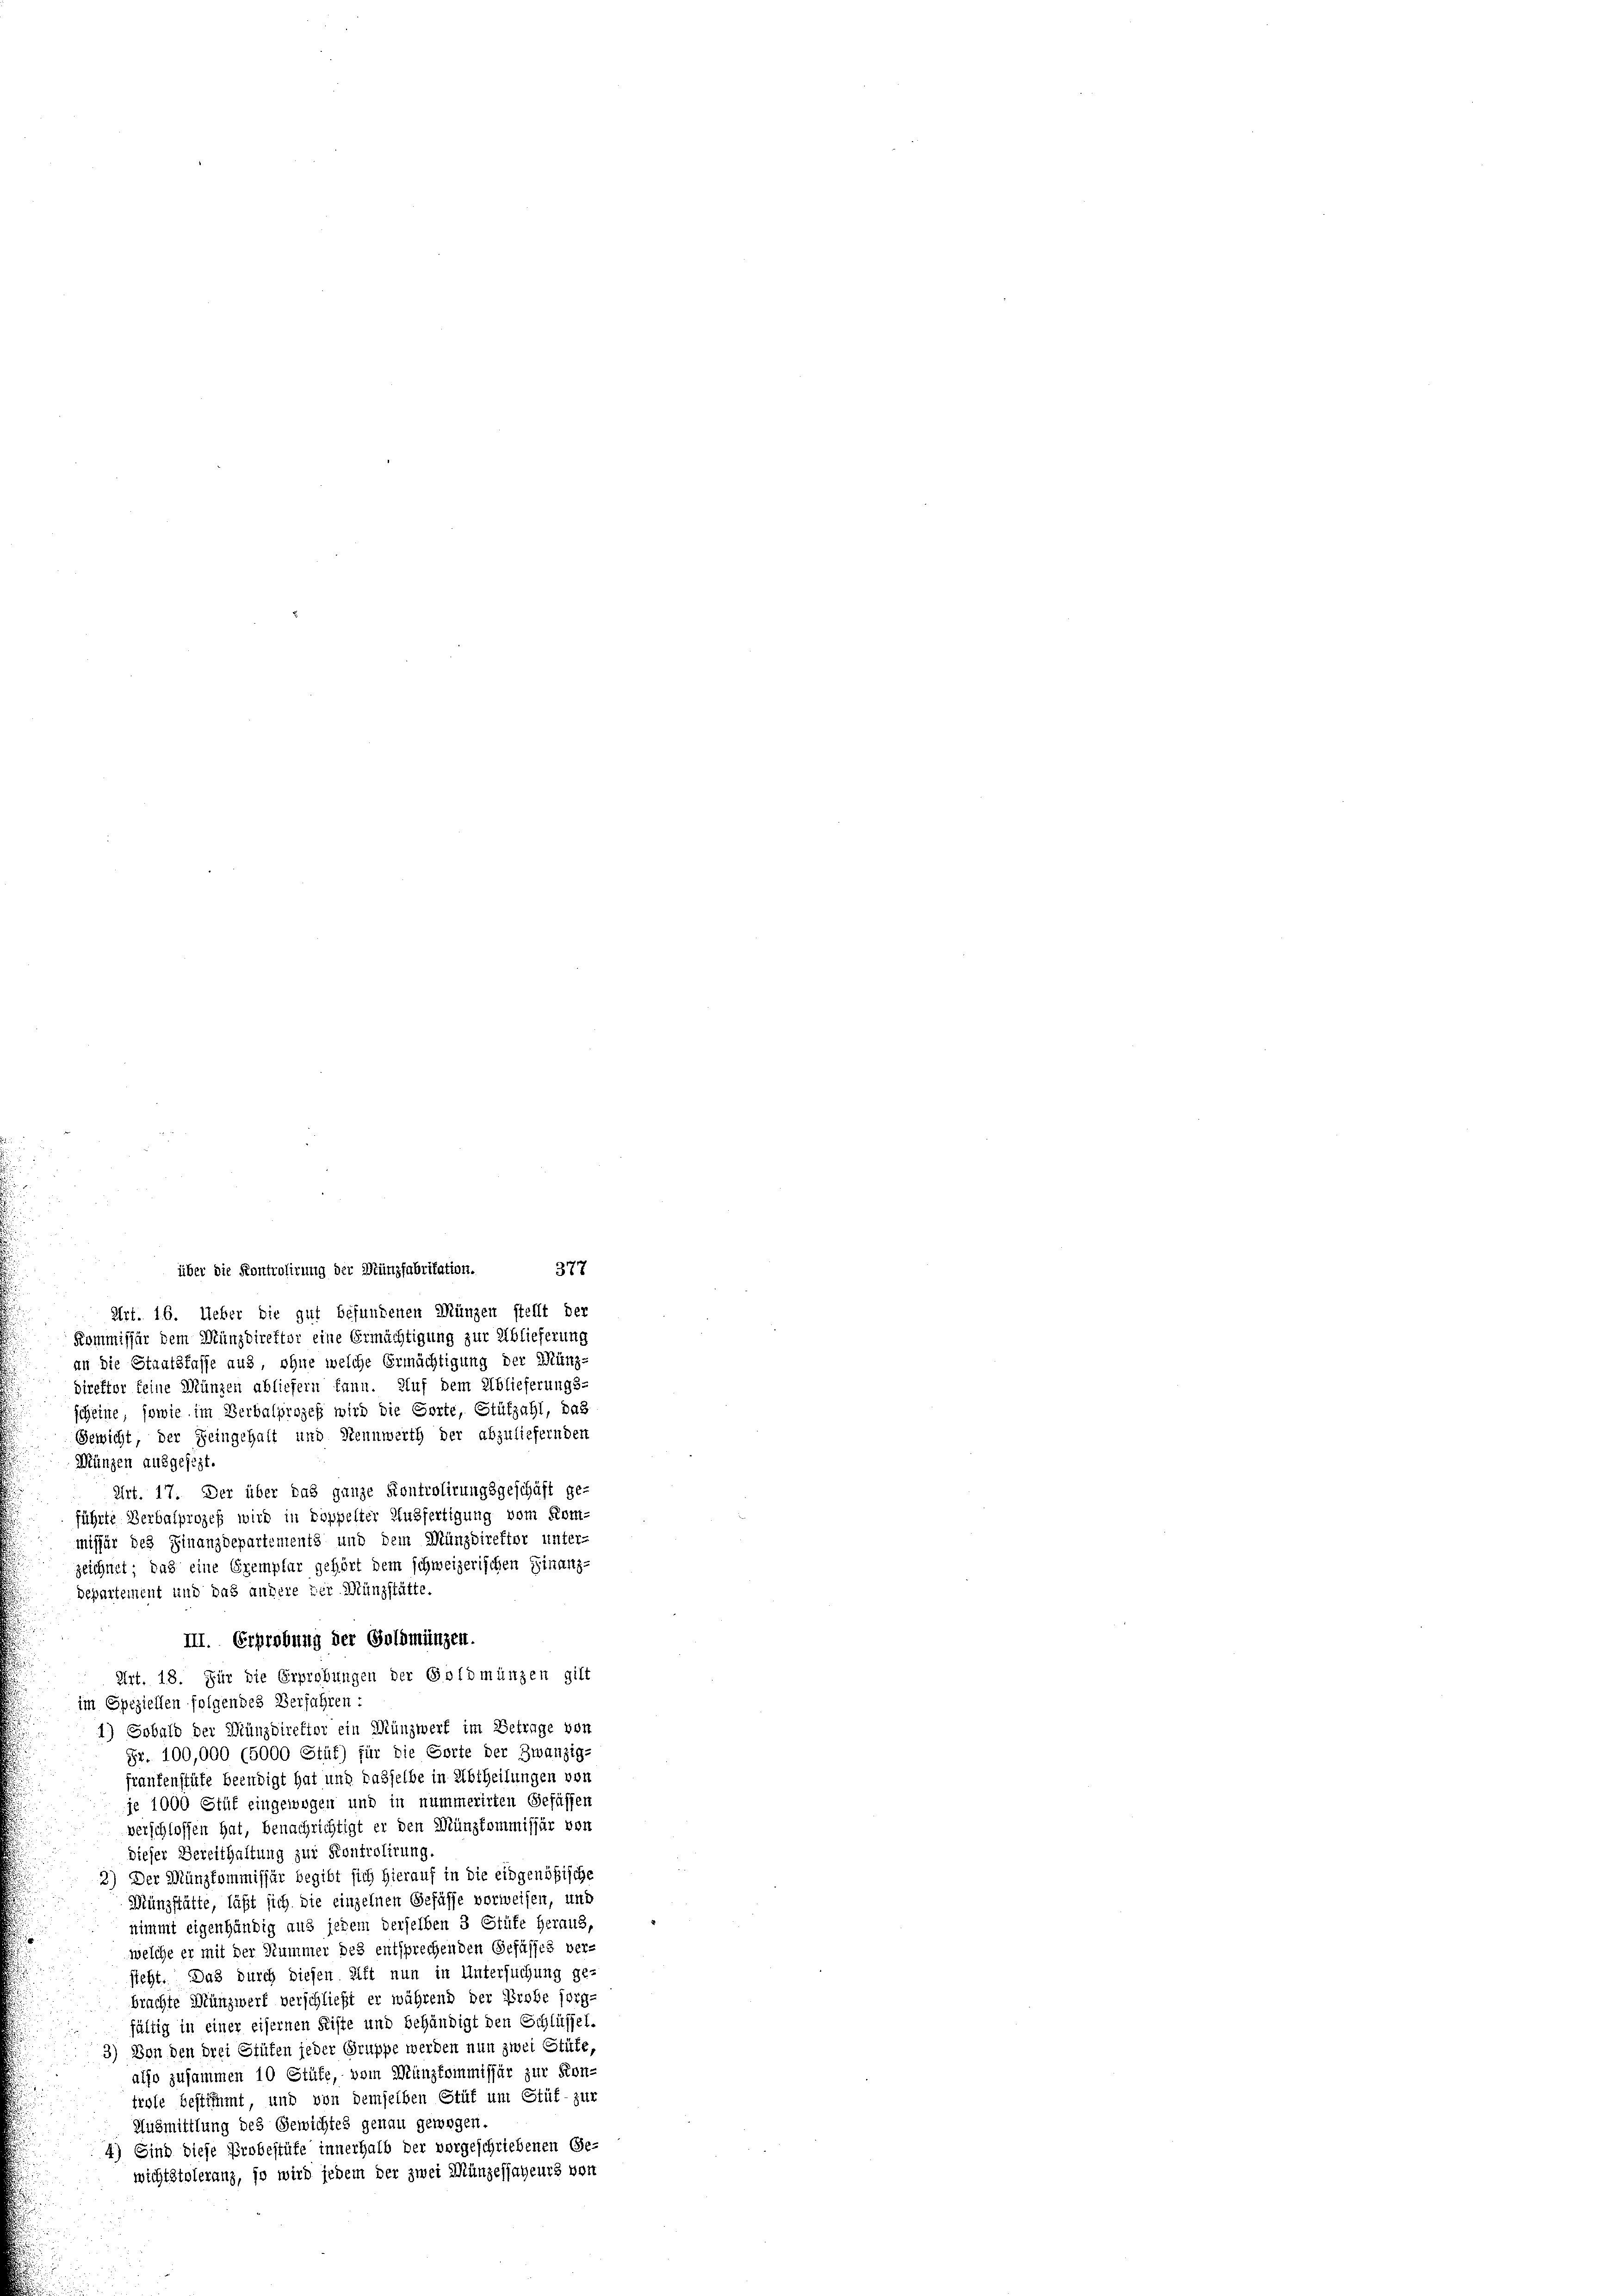
über die Kontrolirung der Münzfabritation. 377
Art. 16. Ueber die gut befundenen Münzen stellt der
Kommissär dem Münzdirektor eine Ermächtigung zur Ablieferung
an die Staatsfasse aus, ohne welche Ermächtigung der Münz-
birefter keine Münzen abliefern kann. Auf dem Ablieferungs-
scheine, sowie im Verbalprozeß wird die Sorte, Stützahl, das
Gewicht, der Feingehalt und Rennwerth der abzuliefernden
Mänzen ausgefezt.
Art. 17. Der über das ganze Kontrolirungsgeschäft ge-
führte Verbalprozeß wird in doppelter Ausfertigung vom Kom-
missär des Finanzdepartements und dem Münzdirektor unter-
zeichnet, das eine Exemplar gehört dem schweizerischen Finanz-
departement und das anhere zer-Münzstätte.
III. Erprebung der Goldmünzen.
Art. 18. Für die Erprebungen der Goldmünzen gilt
im Speziellen folgendes Verfahren:
1) Sobald der Münzdirektor ein Münzwert im Betrage von
Fr. 100,000 (5000 Stüf) für die Sorte der Zwanzig-
rantenstüte beendigt hat und dasselbe in Abtheilungen von
je 1000 Stüf eingewogen und in nummerirten Gefüssen
verschlossen hat, benachrichtigt er den Münzkommissär von
dieser Bereithaltung zur Kontrolirung
2) Der Münzkommissär begibt sich hierauf in die eingenößische
Münzstätte, läßt sich die einzelnen Gefühle verweisen, und
nimmt eigenhändig aus jedem derselben 3 Stüte heraus,
welche er mit der Kummer des entsprechenden Gefässes ver-
sieht. Das durch diesen Gift nun in Untersuchung ge-
brachte Münzwerk verschließt er während der Probe sorg-
fältig in einer eisernen Fiste und behändigt den Schlüssel.
3) Von den drei Grüten jeder Gruppe werden nun zwei Stüke,
also zusammen 10 Stüfe, vom Manzkommissär zur Kon-
trole bestimmt und von demselben Stüf um Stüf- zur
Ausmittlung des Gewichtes genau gewogen.
4) Sind diese Probestüfe innerhalb der vorgeschriebenen Ge-
wichtstoleranz, so wird jedem der zwei Münzessateurs von